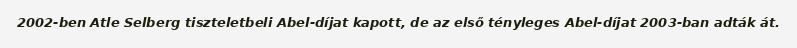
2002-ben Atle Selberg tiszteletbeli Abel-díjat kapott, de az első tényleges Abel-díjat 2003-ban adták át.